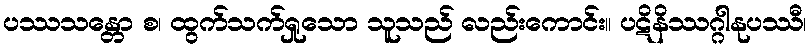
ပဿသန္တော စ၊ ထွက်သက်ရှုသော သူသည် လည်းကောင်း။ ပဋိနိဿဂ္ဂါနုပဿီ၊